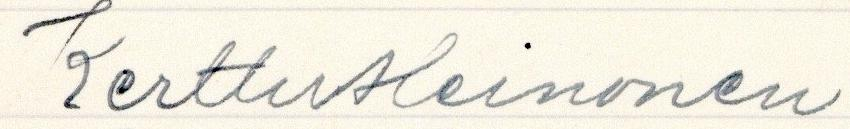
Kerttu Heinonen